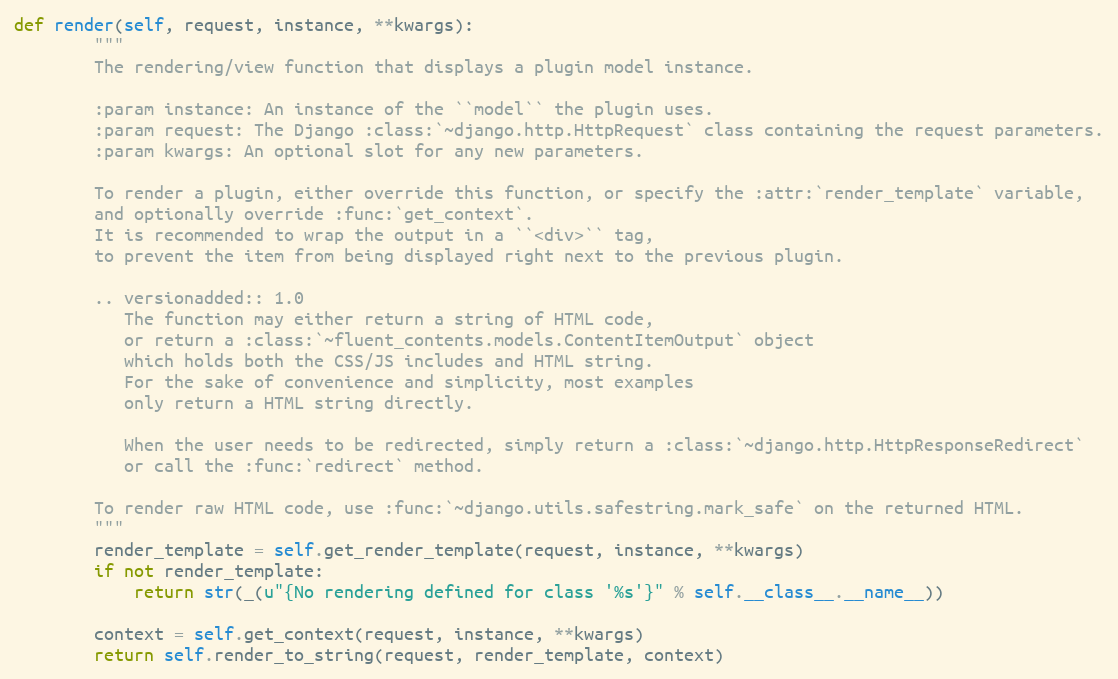
Language: Python
def render(self, request, instance, **kwargs):
        """
        The rendering/view function that displays a plugin model instance.

        :param instance: An instance of the ``model`` the plugin uses.
        :param request: The Django :class:`~django.http.HttpRequest` class containing the request parameters.
        :param kwargs: An optional slot for any new parameters.

        To render a plugin, either override this function, or specify the :attr:`render_template` variable,
        and optionally override :func:`get_context`.
        It is recommended to wrap the output in a ``<div>`` tag,
        to prevent the item from being displayed right next to the previous plugin.

        .. versionadded:: 1.0
           The function may either return a string of HTML code,
           or return a :class:`~fluent_contents.models.ContentItemOutput` object
           which holds both the CSS/JS includes and HTML string.
           For the sake of convenience and simplicity, most examples
           only return a HTML string directly.

           When the user needs to be redirected, simply return a :class:`~django.http.HttpResponseRedirect`
           or call the :func:`redirect` method.

        To render raw HTML code, use :func:`~django.utils.safestring.mark_safe` on the returned HTML.
        """
        render_template = self.get_render_template(request, instance, **kwargs)
        if not render_template:
            return str(_(u"{No rendering defined for class '%s'}" % self.__class__.__name__))

        context = self.get_context(request, instance, **kwargs)
        return self.render_to_string(request, render_template, context)